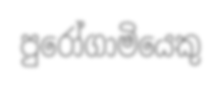
පුරෝගාමියෙකු